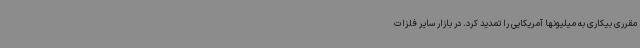
مقرری بیکاری به میلیونها آمریکایی را تمدید کرد. در بازار سایر فلزات